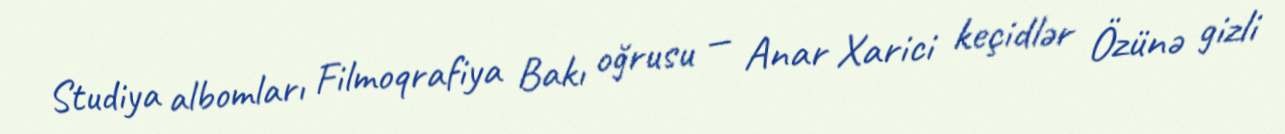
Studiya albomları Filmoqrafiya Bakı oğrusu — Anar Xarici keçidlər Özünə gizli